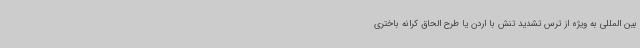
بین المللی به ویژه از ترس تشدید تنش با اردن یا طرح الحاق کرانه باختری